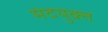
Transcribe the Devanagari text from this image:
मेदयुक्त